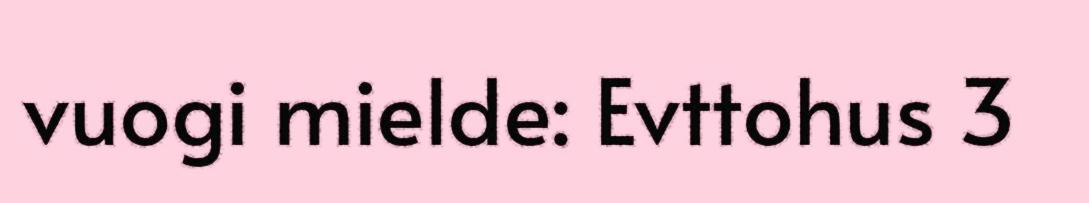
vuogi mielde: Evttohus 3